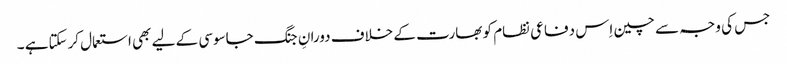
جس کی وجہ سے چین اِس دفاعی نظام کو بھارت کے خلاف دورانِ جنگ جاسوسی کے لیے بھی استعمال کرسکتاہے ۔